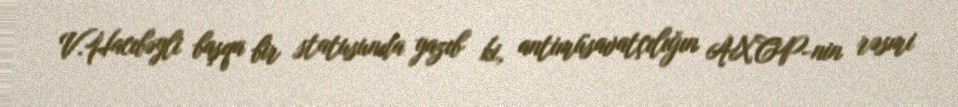
V.Hacıbəyli başqa bir statusunda yazıb ki, antimüsavatçılığın AXCP-nin rəsmi